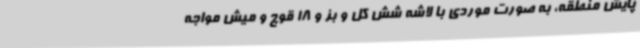
پایش منطقه، به صورت موردی با لاشه شش کل و بز و 18 قوچ و میش مواجه